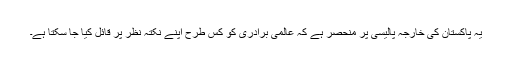
یہ پاکستان کی خارجہ پالیسی پر منحصر ہے کہ عالمی برادری کو کس طرح اپنے نکتہ نظر پر قائل کیا جا سکتا ہے۔